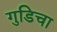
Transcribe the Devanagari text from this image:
गुडिचा